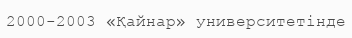
2000-2003 «Қайнар» университетінде